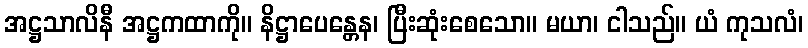
အဋ္ဌသာလိနီ အဋ္ဌကထာကို။ နိဋ္ဌာပေန္တေန၊ ပြီးဆုံးစေသော။ မယာ၊ ငါသည်။ ယံ ကုသလံ၊